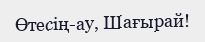
Өтесің-ау, Шағырай!